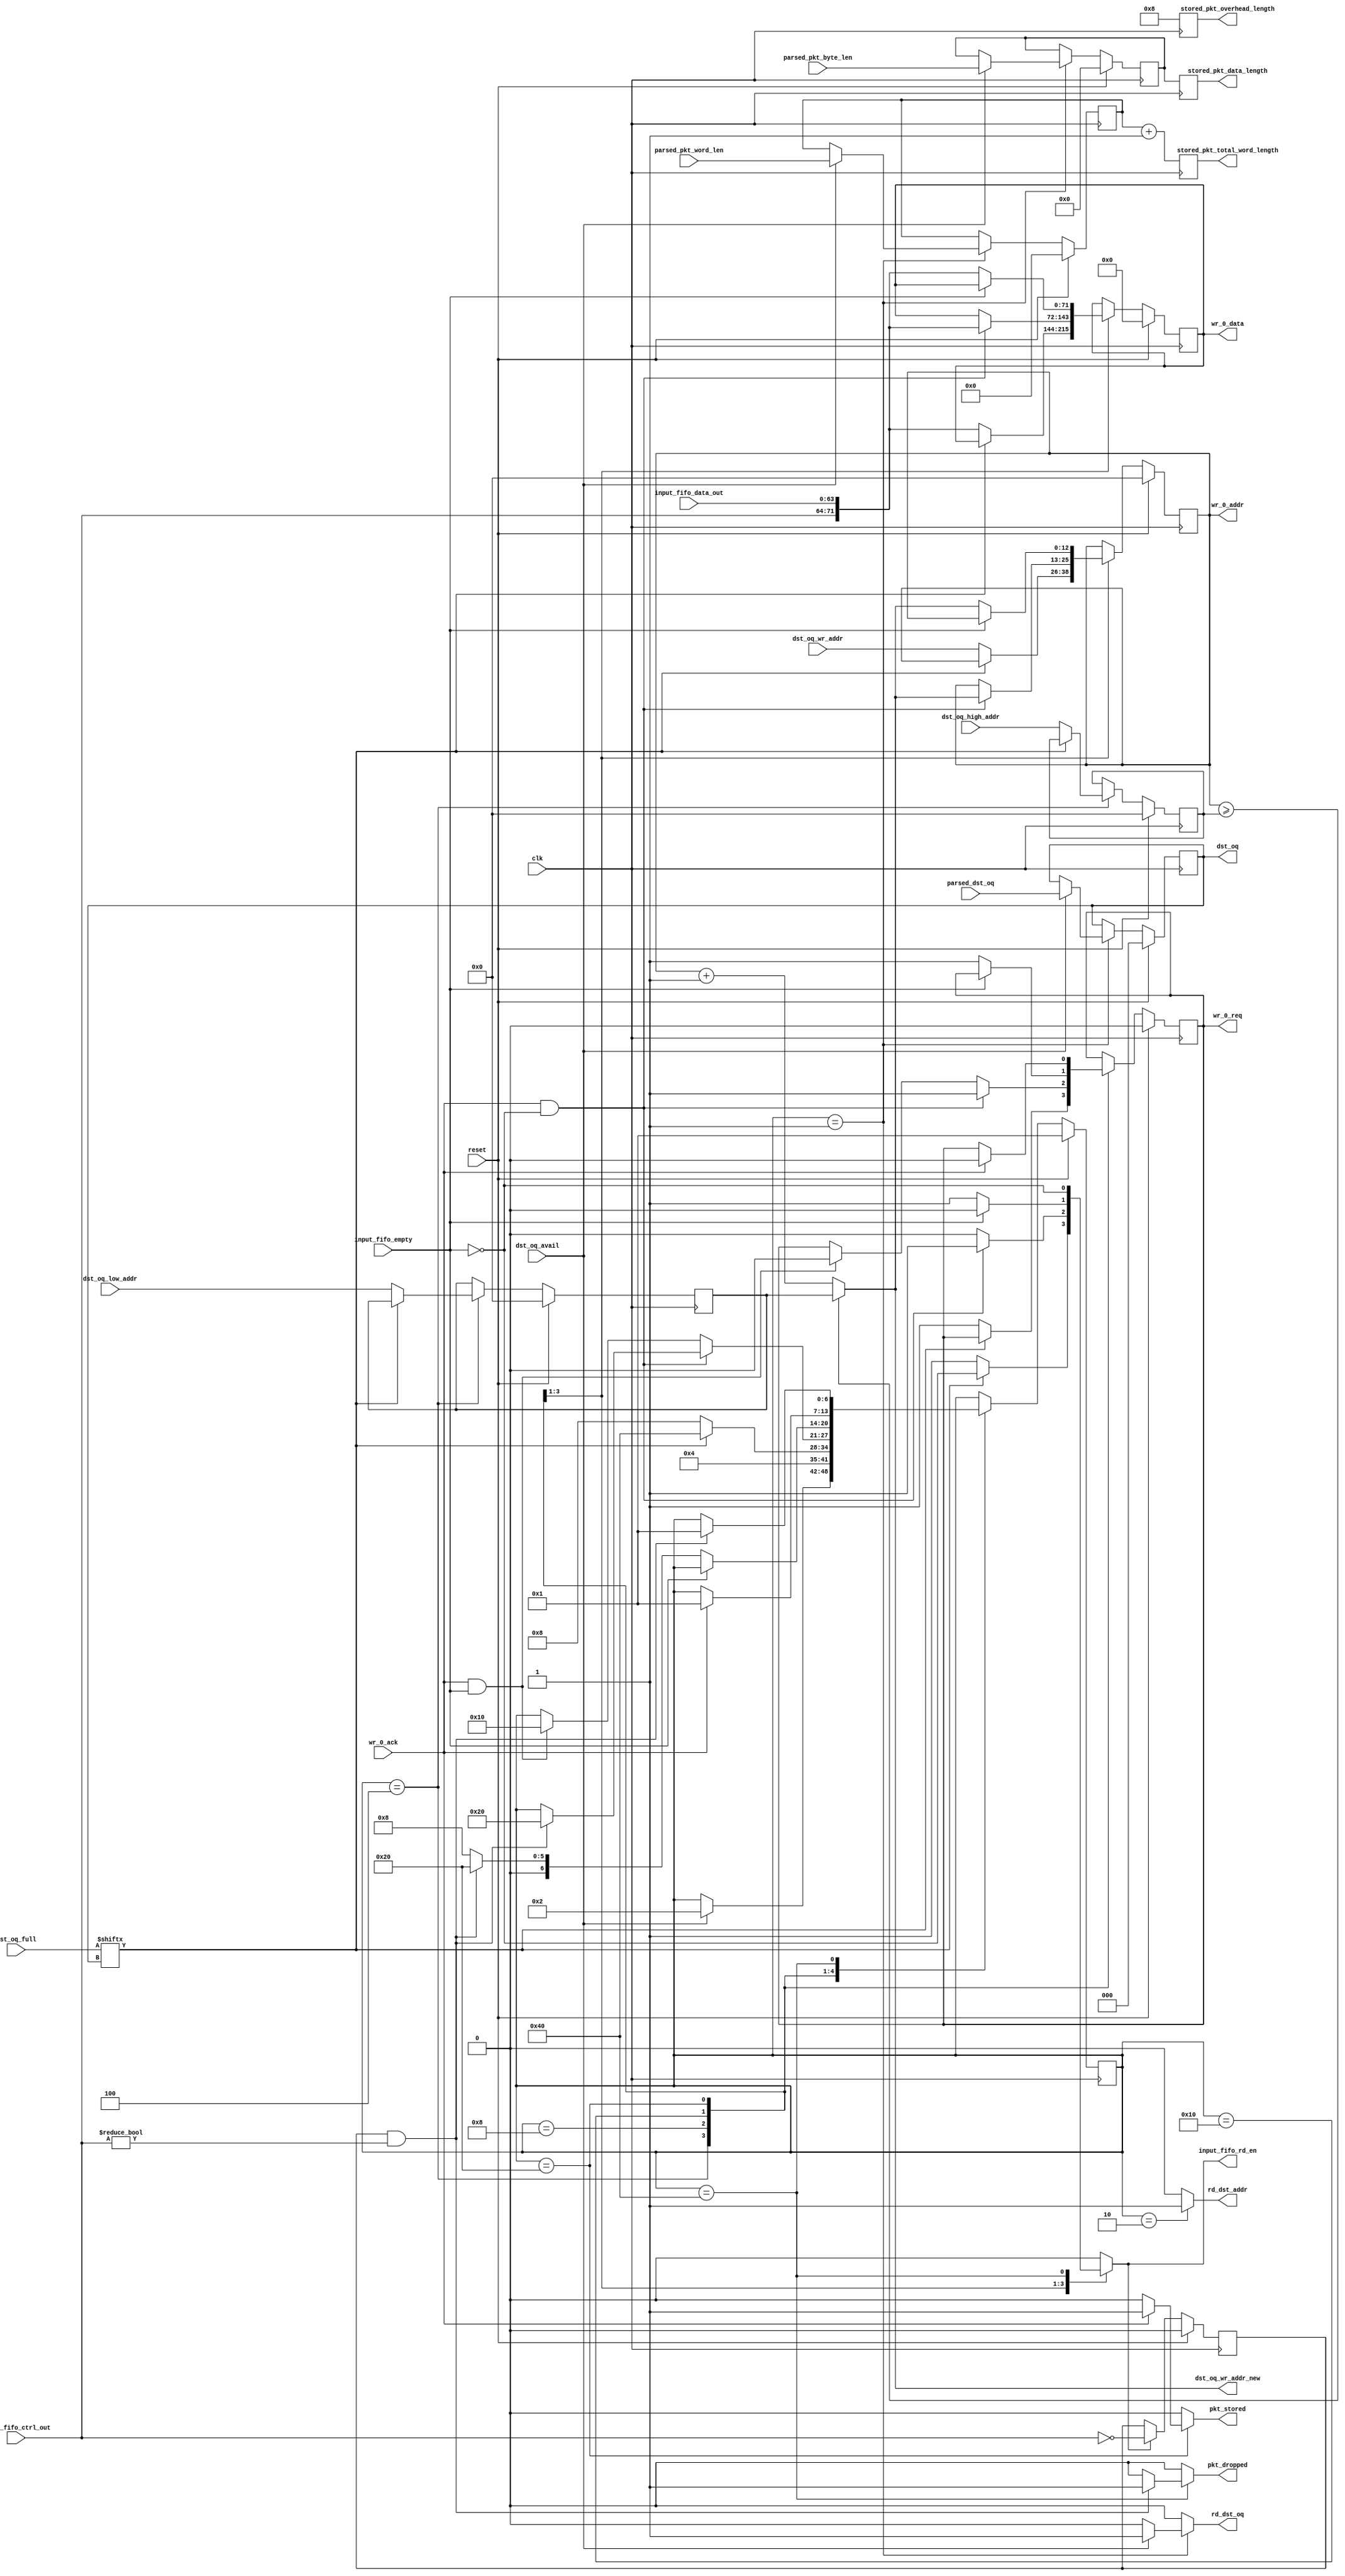
// ============================================================================
// Copyright (c) 2010  
// ============================================================================
//
// Permission:
//
//   
//
// Disclaimer:
//
//   This VHDL/Verilog or C/C++ source code is intended as a design reference
//   which illustrates how these types of functions can be implemented.
//   It is the user's responsibility to verify their design for
//   consistency and functionality through the use of formal
//   verification methods.  
// ============================================================================
//           
//                     ReConfigurable Computing Group
//
//                     web: http://www.ecs.umass.edu/ece/tessier/rcg/
//                    
//
// ============================================================================
// Major Functions/Design Description:
//
//   
//
// ============================================================================
// Revision History:
// ============================================================================
//   Ver.: |Author:   |Mod. Date:    |Changes Made:
//   V1.0  |RCG       |05/10/2011    |
// ============================================================================
//include "NF_2.1_defines.v"
//include "reg_defines_reference_router.v"
  module store_pkt
    #(
		parameter DATA_WIDTH = 64,
      parameter CTRL_WIDTH=DATA_WIDTH/8,
      parameter NUM_OUTPUT_QUEUES = 5,
      parameter SRAM_ADDR_WIDTH = 13,
      parameter PKT_LEN_WIDTH = 11,
      parameter PKT_WORDS_WIDTH = PKT_LEN_WIDTH-log2(CTRL_WIDTH),
      parameter OQ_STAGE_NUM = 6,
      parameter NUM_OQ_WIDTH = log2(NUM_OUTPUT_QUEUES)
		)

   ( // --- Interface to header_parser
     dst_oq_avail,
     parsed_dst_oq,
     parsed_pkt_byte_len,
     parsed_pkt_word_len,
     rd_dst_oq,
     
     // --- Interface to registers
     dst_oq_wr_addr_new,
     pkt_stored,
     pkt_dropped,
     stored_pkt_data_length,
     stored_pkt_overhead_length,
     stored_pkt_total_word_length,
     dst_oq,
     rd_dst_addr,
     dst_oq_high_addr,
     dst_oq_low_addr,
     dst_oq_wr_addr,
     dst_oq_full,
     
     // --- Interface to SRAM
     wr_0_addr,
     wr_0_req,
     wr_0_ack,
     wr_0_data,

     // --- Interface to input fifo
     input_fifo_rd_en,
     input_fifo_empty,
     input_fifo_data_out,
     input_fifo_ctrl_out,

     // --- misc
     clk,
     reset
     );
     

	  
     input                            dst_oq_avail;
     input      [NUM_OQ_WIDTH-1:0]    parsed_dst_oq;
     input      [PKT_LEN_WIDTH-1:0]   parsed_pkt_byte_len;
     input      [PKT_WORDS_WIDTH-1:0] parsed_pkt_word_len;
     output reg                       rd_dst_oq;
     
     // --- Interface to registers
     output reg [SRAM_ADDR_WIDTH-1:0] dst_oq_wr_addr_new;
     output reg                       pkt_stored;
     output reg                       pkt_dropped;
     output reg [PKT_LEN_WIDTH-1:0]   stored_pkt_data_length;
     output reg [CTRL_WIDTH-1:0]      stored_pkt_overhead_length;
     output reg [PKT_WORDS_WIDTH-1:0] stored_pkt_total_word_length;
     output reg [NUM_OQ_WIDTH-1:0]    dst_oq;
     output reg                       rd_dst_addr;
     input      [SRAM_ADDR_WIDTH-1:0] dst_oq_high_addr;
     input      [SRAM_ADDR_WIDTH-1:0] dst_oq_low_addr;
     input      [SRAM_ADDR_WIDTH-1:0] dst_oq_wr_addr;
     input      [NUM_OUTPUT_QUEUES-1:0]	dst_oq_full;
     
     // --- Interface to SRAM
     output reg [SRAM_ADDR_WIDTH-1:0]       wr_0_addr;
     output reg                             wr_0_req;
     input                                  wr_0_ack;
     output reg [DATA_WIDTH+CTRL_WIDTH-1:0] wr_0_data;

     // --- Interface to input fifo
     output reg                       input_fifo_rd_en;
     input                            input_fifo_empty;
     input      [DATA_WIDTH-1:0]      input_fifo_data_out;
     input      [CTRL_WIDTH-1:0]      input_fifo_ctrl_out;

     // --- misc
     input                            clk;
     input                            reset;	  
     
   function integer log2;
      input integer number;
      begin
         log2=0;
         while(2**log2<number) begin
            log2=log2+1;
         end
      end
   endfunction // log2

   //--------------------- Internal parameters --------------------------
   
   parameter NUM_STORE_STATES                       = 7;
   parameter ST_WAIT_DST_PORT                       = 1;
   parameter ST_READ_ADDR                           = 2;
   parameter ST_LATCH_ADDR                          = 4;
   parameter ST_MOVE_PKT                            = 8;
   parameter ST_WAIT_FOR_DATA                       = 16;
   parameter ST_WAIT_EOP                            = 32;
   parameter ST_DROP_PKT                            = 64;

   parameter COUNT_IDLE       = 1;
   parameter COUNT_HDRS       = 2;
   parameter COUNT_DATA       = 4;

   //------------------------ Wires/regs --------------------------------
   reg [NUM_STORE_STATES-1:0]  store_state;
   reg [NUM_STORE_STATES-1:0]  store_state_next;
   
   wire [SRAM_ADDR_WIDTH-1:0]  wr_0_addr_plus1;
   reg [SRAM_ADDR_WIDTH-1:0]   wr_0_addr_next;
   reg [DATA_WIDTH+CTRL_WIDTH-1:0] wr_0_data_next;
   reg                             wr_0_req_next;

   wire                        eop;

   reg                         input_fifo_ctrl_out_prev_is_0;

   reg [NUM_OQ_WIDTH-1:0]      dst_oq_next;

   reg [PKT_LEN_WIDTH-1:0]     pkt_byte_len;
   reg [PKT_LEN_WIDTH-1:0]     pkt_byte_len_next;

   reg [PKT_WORDS_WIDTH-1:0]   pkt_word_len;
   reg [PKT_WORDS_WIDTH-1:0]   pkt_word_len_next;

   reg [SRAM_ADDR_WIDTH-1:0]   lo_addr;
   reg [SRAM_ADDR_WIDTH-1:0]   lo_addr_next;

   reg [SRAM_ADDR_WIDTH-1:0]   hi_addr;
   reg [SRAM_ADDR_WIDTH-1:0]   hi_addr_next;

   //-------------------------- Logic -----------------------------------

   /* wrap around the address */
   assign wr_0_addr_plus1 = (wr_0_addr >= hi_addr) ? 
                            lo_addr : wr_0_addr + 1;

   assign eop = (input_fifo_ctrl_out_prev_is_0 && input_fifo_ctrl_out!=0);
   
   /*******************************************************
    * wait until the dst port fifo has a destination
    * then read the dst port, load the addresses to use,
    * and start moving data from the input fifo to the
    * sram queues. When the eop is reached, write the pkt
    * length in the beginning of the pkt
    * If the oq is full then drop pkt.
    * Also generate pkt_stored and pkt_dropped signals
    *******************************************************/
   always @(*) begin
      rd_dst_oq                 = 0;
      rd_dst_addr               = 0;
      store_state_next          = store_state;
      wr_0_req_next             = wr_0_req;
      input_fifo_rd_en          = 0;
      pkt_dropped               = 0;
      wr_0_data_next            = wr_0_data;
      wr_0_addr_next            = wr_0_addr;
      dst_oq_wr_addr_new        = wr_0_addr_plus1;
      pkt_stored                = 0;
      dst_oq_next               = dst_oq;
      pkt_byte_len_next         = pkt_byte_len;
      pkt_word_len_next         = pkt_word_len;
      lo_addr_next              = lo_addr;
      hi_addr_next              = hi_addr;
      
      case(store_state)
         /* wait until we have a destination port */
         ST_WAIT_DST_PORT: begin
            if(dst_oq_avail) begin
               store_state_next = ST_READ_ADDR;
               dst_oq_next = parsed_dst_oq;
	       pkt_byte_len_next = parsed_pkt_byte_len;
	       pkt_word_len_next = parsed_pkt_word_len;
               rd_dst_oq = 1;
            end
         end

         // Request the destination address
         ST_READ_ADDR: begin
            store_state_next = ST_LATCH_ADDR;
            rd_dst_addr = 1;
         end

	 // Latch the destination addresses (write pointer, lo and hi
	 // addresses)
         ST_LATCH_ADDR: begin
            if(!dst_oq_full[dst_oq]) begin

               store_state_next = ST_MOVE_PKT;
               
               wr_0_req_next = 1;
               wr_0_addr_next = dst_oq_wr_addr;
               lo_addr_next = dst_oq_low_addr;
               hi_addr_next = dst_oq_high_addr;
               
               /* fifos are first-word fallthrough so the data is already available at the output */
               wr_0_data_next = {input_fifo_ctrl_out, input_fifo_data_out};
               input_fifo_rd_en = 1;
            end
            else begin
               store_state_next = ST_DROP_PKT;
               input_fifo_rd_en = !input_fifo_empty;
            end
         end // case: ST_WAIT_DST_PORT

        /* pipeline is full */
        ST_MOVE_PKT: begin
           if(wr_0_ack & !input_fifo_empty) begin
              wr_0_req_next = 1;
              wr_0_addr_next = wr_0_addr_plus1;
              wr_0_data_next = {input_fifo_ctrl_out, input_fifo_data_out};
              input_fifo_rd_en = 1;
              if(eop) begin
                 store_state_next = ST_WAIT_EOP;
              end
           end
           else if (wr_0_ack & input_fifo_empty) begin
              store_state_next = ST_WAIT_FOR_DATA;
              wr_0_req_next = 0;
           end
        end // case: ST_MOVE_PKT

        /* Wait until the fifo is not empty */
        ST_WAIT_FOR_DATA: begin
           if(!input_fifo_empty) begin
              wr_0_req_next = 1;
              wr_0_addr_next = wr_0_addr_plus1;
              wr_0_data_next = {input_fifo_ctrl_out, input_fifo_data_out};
              input_fifo_rd_en = 1;
              if(eop) begin
                 store_state_next = ST_WAIT_EOP;
              end
              else begin
                 store_state_next = ST_MOVE_PKT;
              end
           end // if (wr_0_ack)
        end // case: ST_WAIT_FOR_DATA

        ST_WAIT_EOP: begin
           if(wr_0_ack) begin
              wr_0_req_next = 0;
              pkt_stored = 1;
              store_state_next = ST_WAIT_DST_PORT;
           end // if (wr_0_ack)
        end // case: ST_WAIT_LEN
        
        ST_DROP_PKT: begin
           if(eop) begin
              store_state_next = ST_WAIT_DST_PORT;
              pkt_dropped = 1;
           end
           input_fifo_rd_en = !input_fifo_empty;
        end

        default: begin end

      endcase // case(store_state)

   end // always @ (*)

   always @(posedge clk) begin
      
      if(reset) begin
         store_state                      <= ST_WAIT_DST_PORT;
         input_fifo_ctrl_out_prev_is_0    <= 0;
         wr_0_req                         <= 0;
         wr_0_addr                        <= 0;
         wr_0_data                        <= 0;
         dst_oq                           <= 0;
         pkt_byte_len                     <= 0;
         pkt_word_len                     <= 0;
         lo_addr                          <= 0;
         hi_addr                          <= 0;
      end
      else begin
         store_state            <= store_state_next;
         wr_0_req               <= wr_0_req_next;
         wr_0_addr              <= wr_0_addr_next;
         wr_0_data              <= wr_0_data_next;
         dst_oq                 <= dst_oq_next;
         pkt_byte_len           <= pkt_byte_len_next;
         pkt_word_len           <= pkt_word_len_next;
         lo_addr                <= lo_addr_next;
         hi_addr                <= hi_addr_next;
         if(input_fifo_rd_en) begin
            input_fifo_ctrl_out_prev_is_0 <= (input_fifo_ctrl_out==0);
         end
      end // else: !if(reset)
      // synthesis translate_off
      if(store_state_next == ST_DROP_PKT) begin
         $display("%t %m WARNING: output queue %u is full. Pkt is being dropped.", $time, dst_oq);
      end
      // synthesis translate_on
   end // always @ (posedge clk)


   always @(posedge clk) begin
      stored_pkt_data_length <= pkt_byte_len;
      stored_pkt_overhead_length <= CTRL_WIDTH;

      // Calculate the total WORD length
      stored_pkt_total_word_length <= pkt_word_len + 1;
   end

endmodule // store_pkt